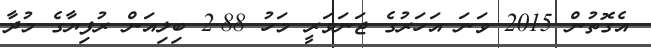
އެގޮތުން 2015 ވަނަ އަހަރުގެ ޖަނަވަރީ މަހު 2.88 ބިލިއަން ރުފިޔާގެ މުދާ